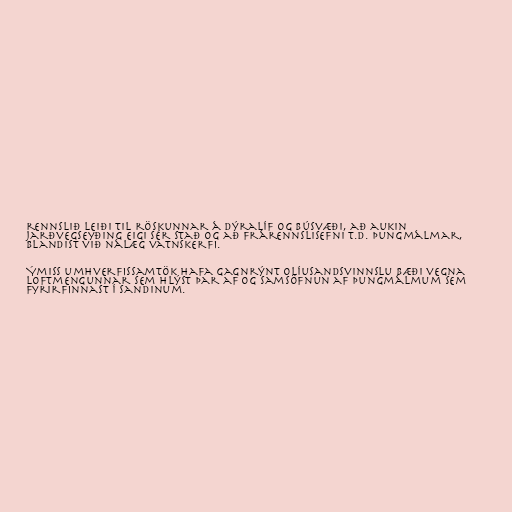
rennslið leiði til röskunnar á dýralíf og búsvæði, að aukin
jarðvegseyðing eigi sér stað og að frárennslisefni t.d. þungmálmar,
blandist við nálæg vatnskerfi.

Ýmiss umhverfissamtök hafa gagnrýnt olíusandsvinnslu bæði vegna
loftmengunnar sem hlýst þar af og samsöfnun af þungmálmum sem
fyrirfinnast í sandinum.